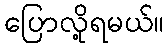
ပြောလို့ရမယ်။